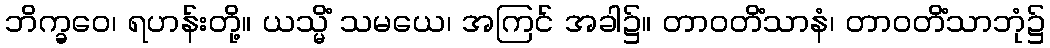
ဘိက္ခဝေ၊ ရဟန်းတို့။ ယသ္မိံ သမယေ၊ အကြင် အခါ၌။ တာဝတိံသာနံ၊ တာဝတိံသာဘုံ၌